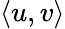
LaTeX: \langle u,v\rangle